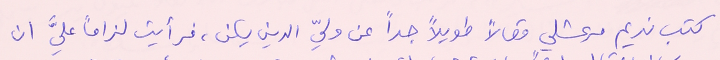
كتب نديم مرعشلي مقالاً طويلاً جداً عن وليّ الدين يكن، فرأيت لزاماً عليَّ ان